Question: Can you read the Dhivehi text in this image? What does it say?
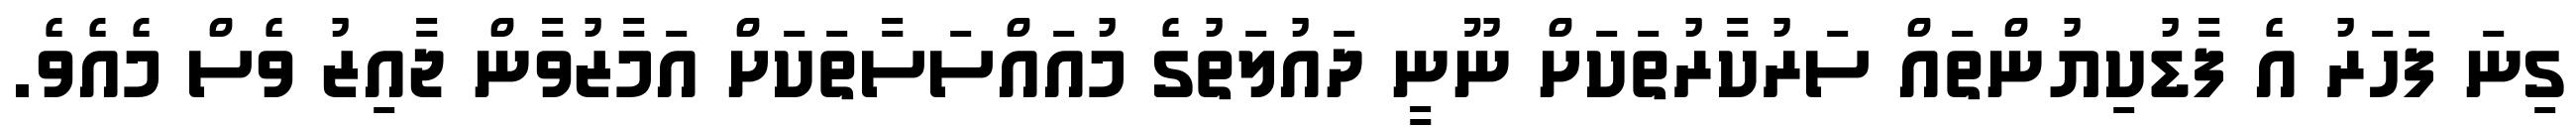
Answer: ގިނަ ފަހަރު އެ ފާޑުކިޔުންތައް ސަރުކާރުތަކަށް ނޫނީ ދައުލަތުގެ މުއައްސަސާތަކަށް އަމާޒުވާން ޖާއިޒު ވެސް މެއެވެ.